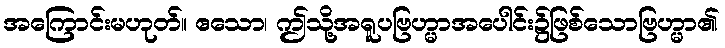
အကြောင်းမဟုတ်။ ဧသော၊ ဤသို့အရူပဗြဟ္မာအပေါင်း၌ဖြစ်သောဗြဟ္မာ၏